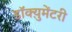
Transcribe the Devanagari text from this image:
डॉक्य़ुमेंटरी